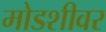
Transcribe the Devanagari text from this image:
मोडशीवर